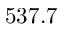
5 3 7 . 7